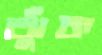
ঝুঁক